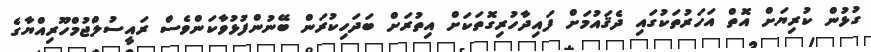
ގުޅުން ކުރިޔަށް އޮތް އަހަރުތަކުގައި ދެޤައުމަށް ފައިދާހުރިގޮތަކަށް އިތުރަށް ބަދަހިކުރަން ބޭނުންފުޅުވާކަންވެސް ރައީސުލްޖުމްހޫރިއްޔާގެ